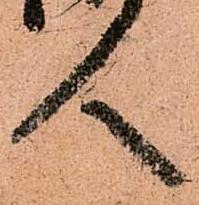
人